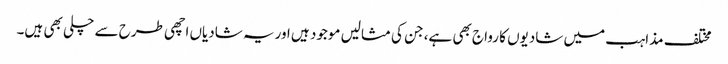
مختلف مذاہب میں شادیوں کا رواج بھی ہے، جن کی مثالیں موجود ہیں اوریہ شادیاں اچھی طرح سے چلی بھی ہیں۔